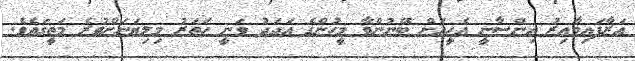
އަރާފައިވާއިރު އިންސާނީ އެހީއަށް ބޭނުންވާ މީހުންގެ އަދަދު ވަނީ ހަތަރު މިލިޔަނަށްވުރެ މަތީގައެވެ.